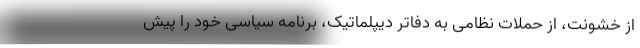
از خشونت، از حملات نظامی به دفاتر دیپلماتیک، برنامه سیاسی خود را پیش